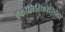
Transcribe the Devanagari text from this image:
ॲकॉनिटिफोलिया